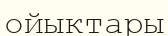
ойыктары